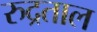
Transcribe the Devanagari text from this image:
रुद्रताल